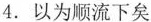
4.以为顺流下矣